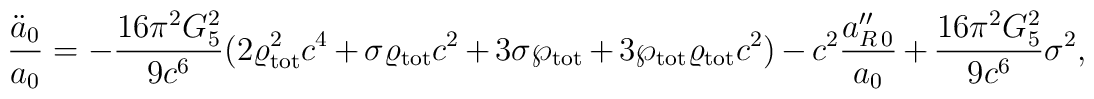
{\ddot{a}_0\over a_0}=-{{16\pi^2G^2_5}\over{9c^6}}(2\varrho^2_{\rm tot}c^4+\sigma\varrho_{\rm tot}c^2+3\sigma\wp_{\rm tot}+3\wp_{\rm tot}\varrho_{\rm tot}c^2)-c^2{a^{\prime\prime}_{R\,0}\over a_0}+{{16\pi^2G^2_5}\over{9c^6}}\sigma^2,